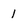
Character: 1